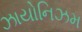
ઝાયોનિઝમ